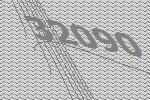
32090